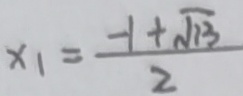
x _ { 1 } = \frac { - 1 + \sqrt { 1 3 } } { 2 }